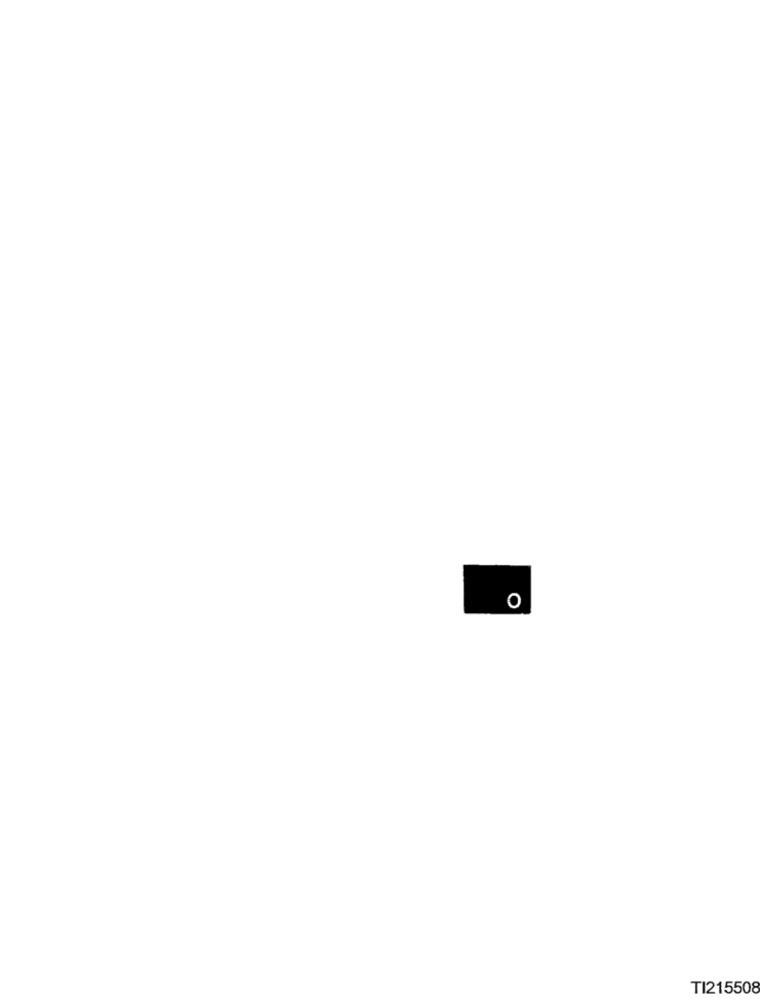
O
TI215508